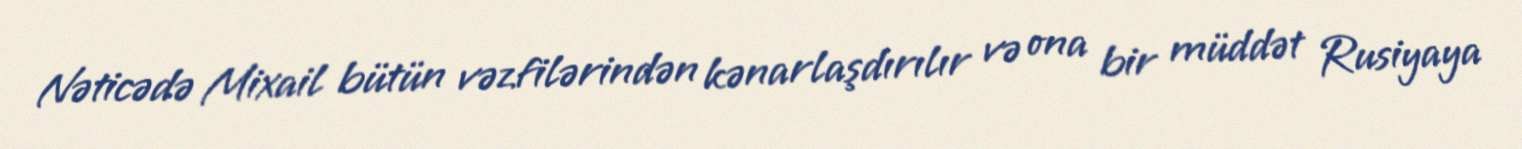
Nəticədə Mixail bütün vəzfilərindən kənarlaşdırılır və ona bir müddət Rusiyaya